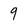
Character: 9